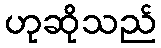
ဟုဆိုသည်